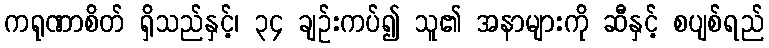
ကရုဏာစိတ် ရှိသည်နှင့်၊ ၃၄ ချဉ်းကပ်၍ သူ၏ အနာများကို ဆီနှင့် စပျစ်ရည်